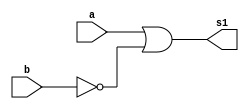
// -------------------------
// Guia_05 - GATES
// Nome: Marcos Antonio Lommez Candido Ribeiro
// 31/08/2022
// -------------------------

module A_or_notB(output s1, input a, input b);
    wire w_1, w_2, w_3, w_4;
    nor NOR1(w_1, b, b);
    nor NOR2(w_2, a, w_1);
    nor NOR3(s1, w_2, w_2);

endmodule

module ex;
    reg a, b;    // independente
    wire s1;

    // nor NOR1(s1, a, b);
    A_or_notB EX05_8(s1, a, b);

    initial
        begin: initial_values
            a = 1'b0; b = 1'b0;
        end

    initial
        begin: main
            $display ( "Marcos Antonio Lommez Candido Ribeiro - 771157" );
            $display ( "Guia05 - ~( ~a & b ) (with NAND)" );
            $display ( "A equacao acima pode ser simplificada da seguinte maneira" );
            $display ( "~( ~a & b )" );
            $display ( "              <= De Morgan" );
            $display ( "( ~(~a) | ~b )" );
            $display ( "              <= Dupla Negacao" );
            $display ( "( a | ~b )\n" );
            $display ( "a b =  s");
            $monitor ( "%b %b =  %b", a, b, s1);

            #1 a = 0; b = 0; 
            #1 a = 0; b = 1;
            #1 a = 1; b = 0;
            #1 a = 1; b = 1;
        end

endmodule